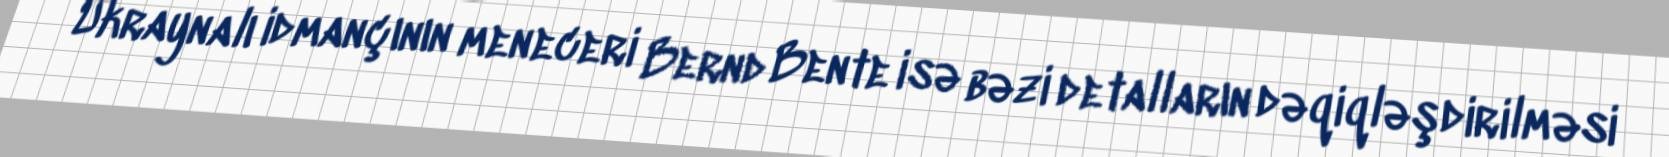
Ukraynalı idmançının meneceri Bernd Bente isə bəzi detalların dəqiqləşdirilməsi